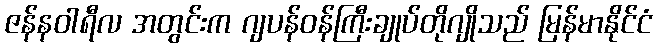
ဇန်နဝါရီလ အတွင်းက ဂျပန်ဝန်ကြီးချုပ်တိုဂျိုသည် မြန်မာနိုင်ငံ